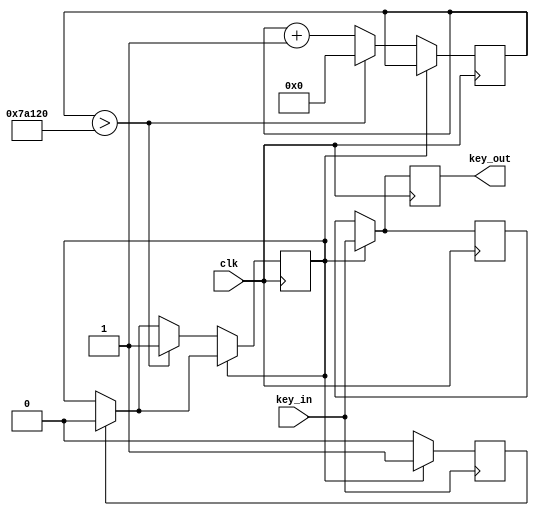
// implement key debounce
module debounce(clk, key_in, key_out);
	input		clk, key_in;
	output	key_out;
	reg		key_out;
	
	// counter during debounce procedure
	reg [31:0] cnt;
	reg key_valid;
	reg key_invalid;
	reg key_temp;
	
	// debounce for 500000 * 20ns = 10ms
	localparam DEBOUNCE_TIME = 500_000;
	
	initial begin
		key_valid <= 1;
		key_invalid <= 0;
		cnt <= 0;
		key_temp <= 1;
	end
	
	// output key value after debounce finished
	always @ (posedge clk)
		begin
			if (key_invalid) begin
				key_valid <= 0;
			end
			if (key_valid) 
				begin
					key_out <= key_in;
					key_temp <= key_in;
				end
			else
				begin
					cnt <= cnt + 1;
					key_out <= key_temp;
					if (cnt > 500000) begin
						key_valid <= 1;
						cnt <= 0;
					end
				end
		end
	always @ (negedge key_in)
		begin
			if (key_valid) begin
				key_invalid <= 1;
			end
			else begin
				key_invalid <= 0;
			end
		end
endmodule